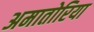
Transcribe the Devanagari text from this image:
अमातोरिया